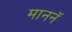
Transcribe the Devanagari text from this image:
माननॅ